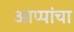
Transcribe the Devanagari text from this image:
आप्पांचा